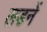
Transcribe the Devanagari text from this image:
लडनें